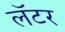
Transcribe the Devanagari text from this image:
लॅटर